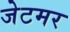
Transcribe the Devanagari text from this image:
जेटमर